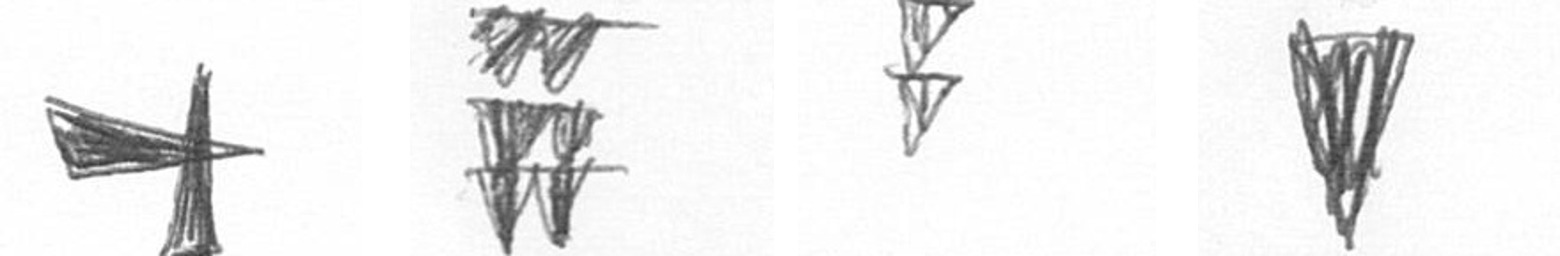
G Y Z J